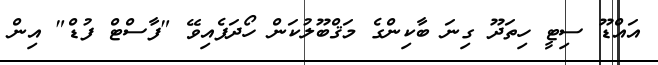
އައްޑޫ ސިޓީ ހިތަދޫ ގިނަ ބާކިންގެ މަޤްބޫލުކަން ހޯދަފެއިވޭ "ފާސްޓް ފުޑް" އިން